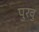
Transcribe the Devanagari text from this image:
पुरवु